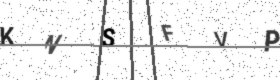
Text: KNSFVP